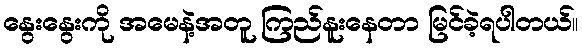
နွေးနွေးကို အမေနဲ့အတူ ကြည်နူးနေတာ မြင်ခဲ့ရပါတယ်။